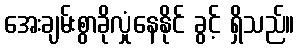
အေးချမ်းစွာခိုလှုံနေနိုင် ခွင့် ရှိသည်။